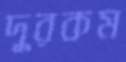
দুরকম